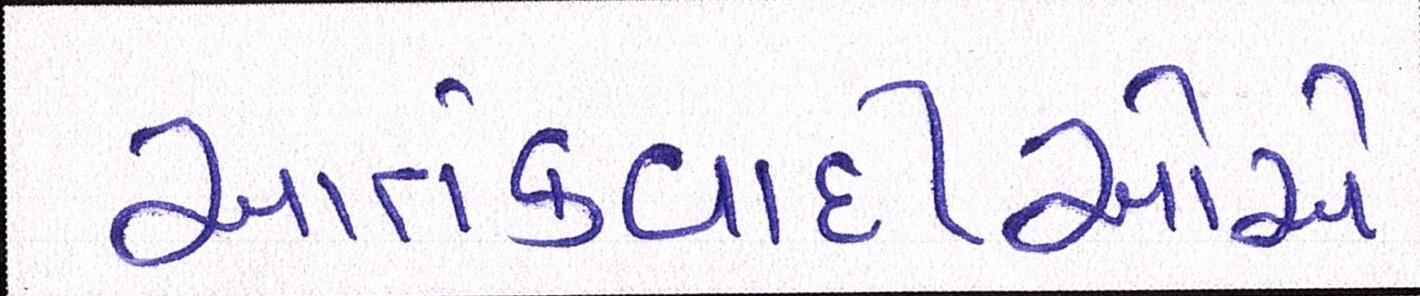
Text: આતંકવાદીઓેએ